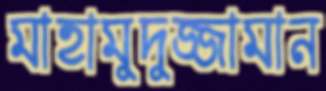
মাহামুদুজ্জামান